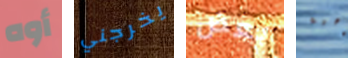
أوه يخرجني بعض رهبة